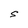
Character: S